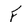
Character: F